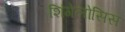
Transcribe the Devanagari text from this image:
शिंगेलोसिस